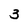
Character: 3